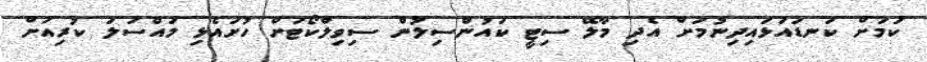
ކަމަށް ކަނޑައަޅައިދިނުމަށް އެދި މާލޭ ސިޓީ ކައުންސިލުން ސިވިލްކޯޓަށް ހުށައެޅި މައްސަލަ ކުރިއަށް